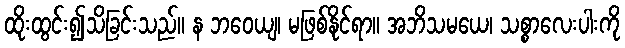
ထိုးထွင်း၍သိခြင်းသည်။ န ဘဝေယျ၊ မဖြစ်နိုင်ရာ။ အဘိသမယေ၊ သစ္စာလေးပါးကို